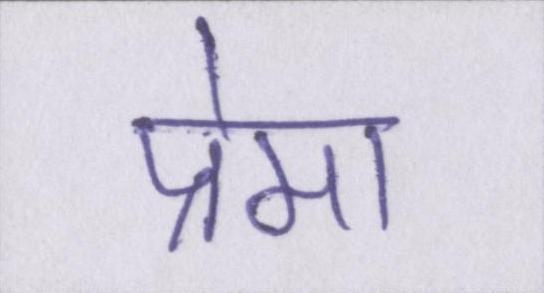
प्रेमा